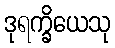
ဒုရက္ခိယေသု